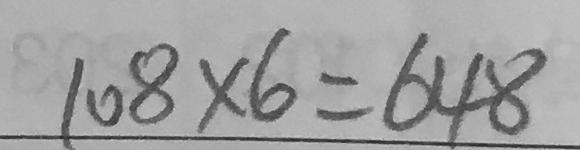
1 0 8 \times 6 = 6 4 8